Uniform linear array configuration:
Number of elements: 12
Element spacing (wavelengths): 1
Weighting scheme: blackman
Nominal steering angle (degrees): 0
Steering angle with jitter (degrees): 1.998
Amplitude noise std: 0.05
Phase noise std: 0.05

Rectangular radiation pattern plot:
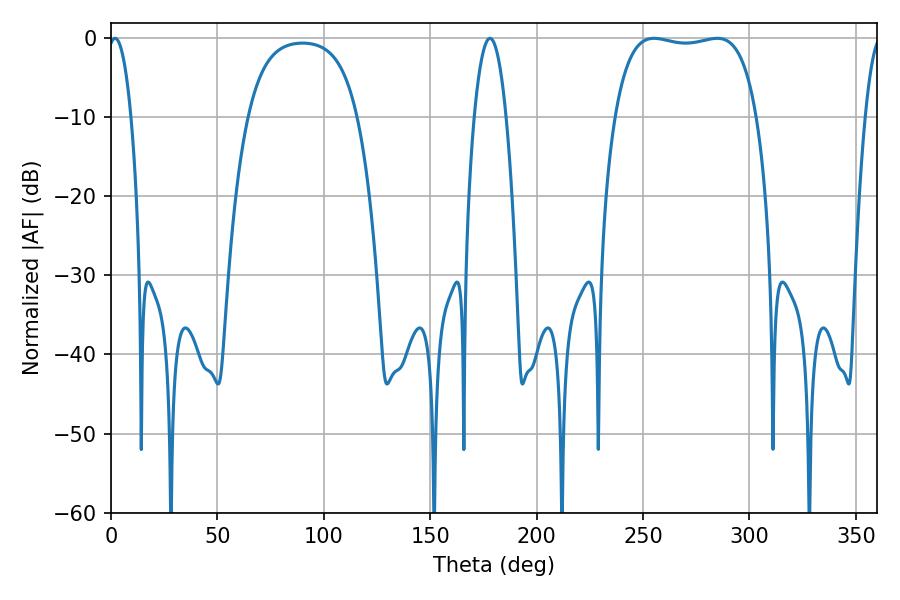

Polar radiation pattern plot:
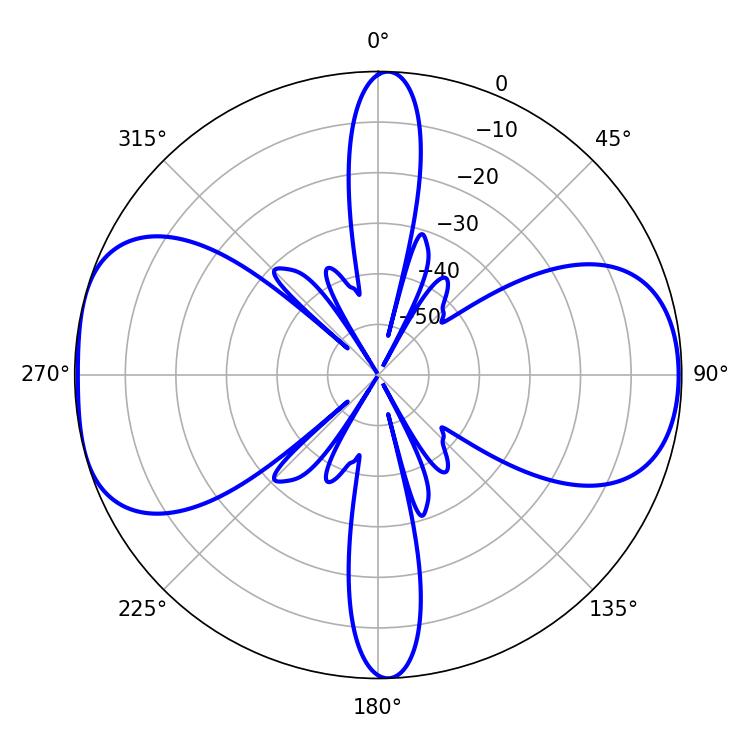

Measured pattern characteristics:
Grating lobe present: TRUE
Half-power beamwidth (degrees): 53.28
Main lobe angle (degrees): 255.06